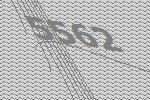
5562